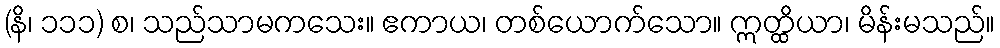
(နိ၊ ၁၁၁) စ၊ သည်သာမကသေး။ ဧကာယ၊ တစ်ယောက်သော။ ဣတ္ထိယာ၊ မိန်းမသည်။